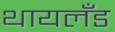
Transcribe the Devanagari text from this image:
थायलँड